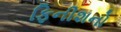
ફિનીશનો